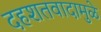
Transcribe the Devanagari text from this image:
दहशतवादामुळे